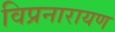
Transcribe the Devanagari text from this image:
विप्रनारायण